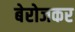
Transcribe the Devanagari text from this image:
बेरोजकर